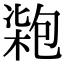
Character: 𠣺